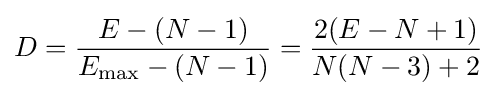
D={\frac {E-(N-1)}{E_{\mathrm {max} }-(N-1)}}={\frac {2(E-N+1)}{N(N-3)+2}}